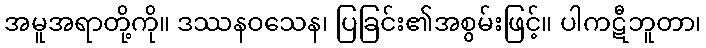
အမူအရာတို့ကို။ ဒဿနဝသေန၊ ပြခြင်း၏အစွမ်းဖြင့်။ ပါကဋီဘူတာ၊